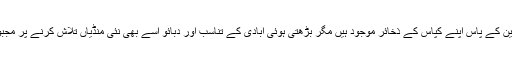
اسی طرح چین کے پاس اپنے کپاس کے ذخائر موجود ہیں مگر بڑھتی ہوئی آبادی کے تناسب اور دبائو اسے بھی نئی منڈیاں تلاش کرنے پر مجبور کرے گا۔